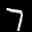
Label: 7